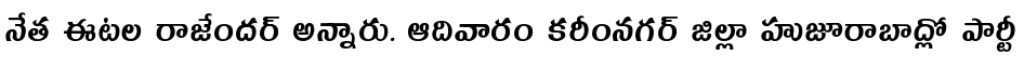
నేత ఈటల రాజేందర్ అన్నారు. ఆదివారం కరీంనగర్ జిల్లా హుజూరాబాద్లో పార్టీ